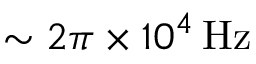
\sim 2 \pi \times 1 0 ^ { 4 } \, \mathrm { H z }